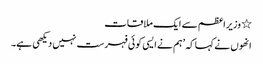
٭ وزیراعظم سے ایک ملاقات
انھوں نے کہا کہ ’ہم نے ایسی کوئی فہرست نہیں دیکھی ہے۔